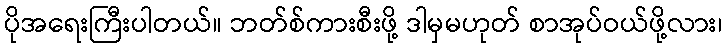
ပိုအရေးကြီးပါတယ်။ ဘတ်စ်ကားစီးဖို့ ဒါမှမဟုတ် စာအုပ်ဝယ်ဖို့လား၊